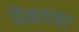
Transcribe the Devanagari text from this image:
देवाणा